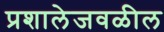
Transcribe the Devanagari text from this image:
प्रशालेजवळील